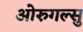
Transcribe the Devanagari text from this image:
ओरुगल्सु